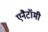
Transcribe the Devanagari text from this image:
एनैटॉमी